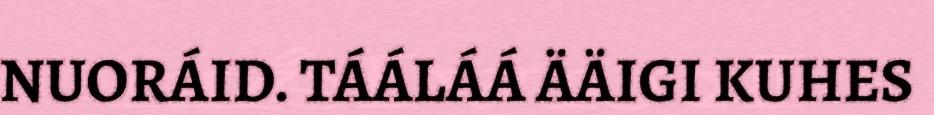
NUORÁID. TÁÁLÁÁ ÄÄIGI KUHES